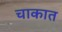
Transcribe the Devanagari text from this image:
चाकात